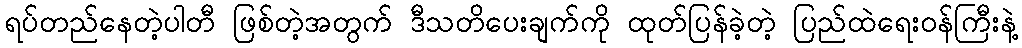
ရပ်တည်နေတဲ့ပါတီ ဖြစ်တဲ့အတွက် ဒီသတိပေးချက်ကို ထုတ်ပြန်ခဲ့တဲ့ ပြည်ထဲရေးဝန်ကြီးနဲ့